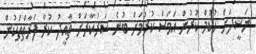
ނަޝީދަށް ހުކުމް ކުރުން އަވަސް ކުރުމަށް ބުނެ ސަރުކާރަށް ތާއީދު ކުރާ ފަރާތްތަކުން